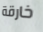
خارقة